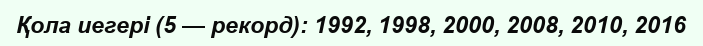
Қола иегері (5 — рекорд): 1992, 1998, 2000, 2008, 2010, 2016